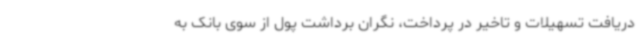
دریافت تسهیلات و تاخیر در پرداخت، نگران برداشت پول از سوی بانک به